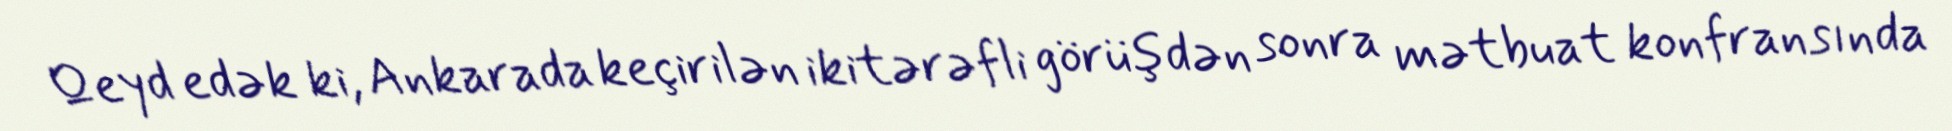
Qeyd edək ki, Ankarada keçirilən ikitərəfli görüşdən sonra mətbuat konfransında